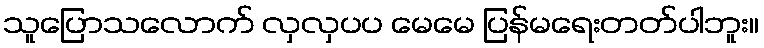
သူပြောသလောက် လှလှပပ မေမေ ပြန်မရေးတတ်ပါဘူး။